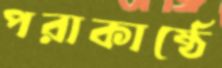
পরাকাষ্ঠে